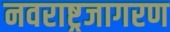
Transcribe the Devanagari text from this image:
नवराष्ट्रजागरण